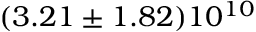
( 3 . 2 1 \pm 1 . 8 2 ) 1 0 ^ { 1 0 }